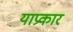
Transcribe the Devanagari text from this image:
याप्रकार